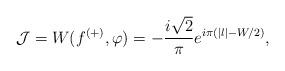
LaTeX: \begin{align*}\mathcal{J} = W(f^{(+)}, \varphi)= - \frac{i\sqrt{2}}{\pi} e^{i\pi(|l| - W/2)},\end{align*}